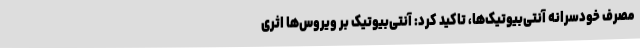
مصرف خودسرانه آنتی‌بیوتیک‌ها، تاکید کرد: آنتی‌بیوتیک بر ویروس‌ها اثری